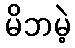
မိဘမဲ့